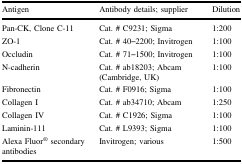
<table><thead><tr><td><b>Antigen</b></td><td><b>Antibody details; supplier</b></td><td><b>Dilution</b></td></tr></thead><tbody><tr><td>Pan-CK, Clone C-11</td><td>Cat. # C9231; Sigma</td><td>1:200</td></tr><tr><td>ZO-1</td><td>Cat. # 40–2200; Invitrogen</td><td>1:100</td></tr><tr><td>Occludin</td><td>Cat. # 71–1500; Invitrogen</td><td>1:100</td></tr><tr><td>N-cadherin</td><td>Cat. # ab18203; Abcam (Cambridge, UK)</td><td>1:100</td></tr><tr><td>Fibronectin</td><td>Cat. # F0916; Sigma</td><td>1:100</td></tr><tr><td>Collagen I</td><td>Cat. # ab34710; Abcam</td><td>1:250</td></tr><tr><td>Collagen IV</td><td>Cat. # C1926; Sigma</td><td>1:100</td></tr><tr><td>Laminin-111</td><td>Cat. # L9393; Sigma</td><td>1:100</td></tr><tr><td>Alexa Fluor<sup>®</sup> secondary antibodies</td><td>Invitrogen; various</td><td>1:500</td></tr></tbody></table>